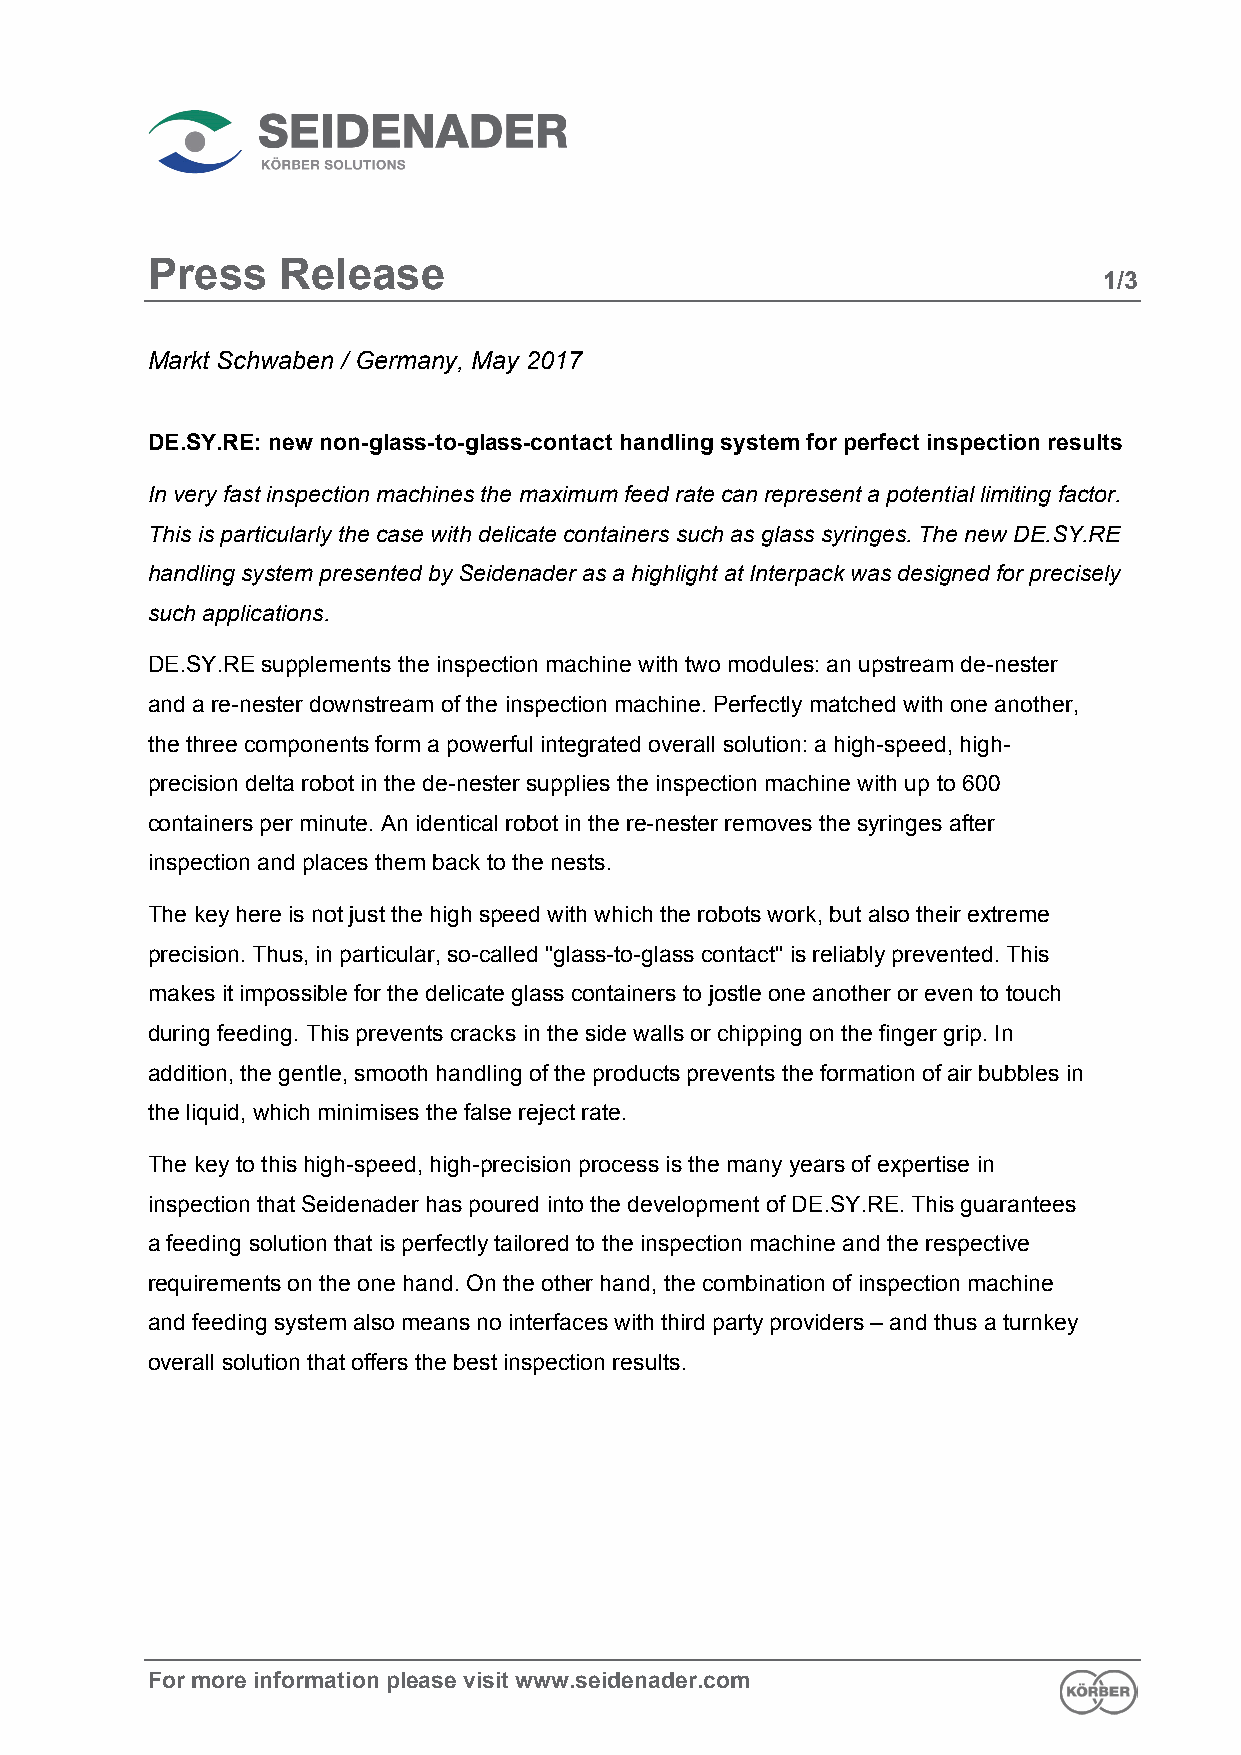
Press   Release
 1/3
 Markt Schwaben / Germany, May 2017
 DE.SY.RE: new non-glass-to-glass-contact handling system for perfect inspection results
 In very fast inspection machines the maximum feed rate can represent a potential limiting factor.
 This is particularly the case with delicate containers such as glass syringes. The new DE.SY.RE
 handling system presented by Seidenader as a highlight at Interpack was designed for precisely
 such applications.
 DE.SY.RE supplements the inspection machine with two modules: an upstream de-nester
 and a re-nester downstream of the inspection machine. Perfectly matched with one another,
 the three components form a powerful integrated overall solution: a high-speed, high-
 precision delta robot in the de-nester supplies the inspection machine with up to 600
 containers per minute. An identical robot in the re-nester removes the syringes after
 inspection and places them back to the nests.
 The key here is not just the high speed with which the robots work, but also their extreme
 precision. Thus, in particular, so-called "glass-to-glass contact" is reliably prevented. This
 makes it impossible for the delicate glass containers to jostle one another or even to touch
 during feeding. This prevents cracks in the side walls or chipping on the finger grip. In
 addition, the gentle, smooth handling of the products prevents the formation of air bubbles in
 the liquid, which minimises the false reject rate.
 The key to this high-speed, high-precision process is the many years of expertise in
 inspection that Seidenader has poured into the development of DE.SY.RE. This guarantees
 a feeding solution that is perfectly tailored to the inspection machine and the respective
 requirements on the one hand. On the other hand, the combination of inspection machine
 and feeding system also means no interfaces with third party providers – and thus a turnkey
 overall solution that offers the best inspection results.
 For more information please visit www.seidenader.com